Report of the Indian Hemp Drugs Commission, 1894-1895 - Volume VIII
Year: 1894
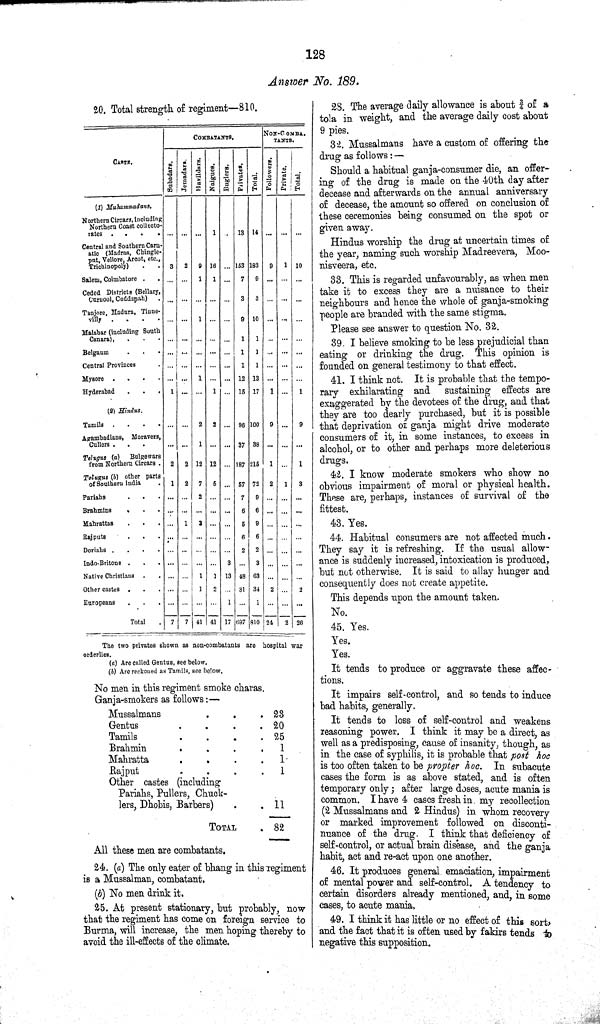
128
Answer No. 189.
20. Total strength of regiment—810.
COMBATANTS. NON-COMBA-
TANTS.
CASTE.
Subadars. Jemadars.
Havildars.
Naigues. Buglers. Privates. Total. Followers. Private. Total.
(1) Muhammadans.
Northern Circars, including
Northern Coast collccto-
rates
Northern Circars, including
Northern Coast collccto-
rates
1
13 14
Central and Southern Carn-
atic (Madras, Chingle-
put, Vellore, Arcot, etc.,
Trichinopoly)
Central and Southern Carn-
atic (Madras, Chingle-
put, Vellore, Arcot, etc.,
Trichinopoly)
Central and Southern Carn-
atic (Madras, Chingle-
put, Vellore, Arcot, etc.,
Trichinopoly)
3 2 9 16
153 183 9 1 10
Salem, Coimbatore
1 1
7 9
Ceded Districts (Bellary,
Carnool, Cuddapah)
3 3
Tanjore, Madura, Tinne
villy
Tanjore, Madura, Tinne
villy
1
9 10
Malabar (including South
Canara),
1 1
Belgaum
1 1
Central Provinces
1 1
Mysore
1
12 13
Hyderabad
1
1
15 17 1
1
(2) Hindus.
Tamils
2 2
96 100 9
9
Agambadians, Moravers,
Cullers
Agambadians, Moravers,
Cullers
1
37 38
Telugus (a) Bulgewars
from Northern Circars
2 2 12 12
187 215 1
1
Telugus (b) other parts
of Southern India
1 2 7 5
57 72 2 1 3
Pariahs
2
7 9
Brahmins
6 6
Mahrattas
1 3
5 9
Rajputs
6 6
Doriahs
2 2
Indo-Britons
3
3
Native
Christians
1 1 13 48 63
Other castes
1 2
31 34 2
2
Europeans
1
1
Total
7 7 41 41 17 697 810 24 2 26
The two privates shown as non-combatants are hospital war
orderlies.
(a) Are called Genius, see below.
(b) Are reckented as Tamils. see below.
No men in this regiment smoke charas.
Ganja-smokers as follows:—
Mussalmans
28
Gentus
20
Tamils
25
Brahmin
1
Mahratta
1
Rajput
1
Other castes (including
Pariahs, Pullers, Chuck-
lers, Dhobis, Barbers)
Other castes (including
Pariahs, Pullers, Chuck-
lers, Dhobis, Barbers)
Other castes (including
Pariahs, Pullers, Chuck-
lers, Dhobis, Barbers)
11
TOTAL
82
All these men are combatants.
24. (a) The only eater of bhang in this regiment
is a Mussalman, combatant.
(b) No men drink it.
25. At present stationary, but probably, now
that the regiment has come on foreign service to
Burma, will increase, the men hoping thereby to
avoid the ill-effects of the climate.
28. The average daily allowance is about 3/4 of a
tola in weight, and the average daily cost about
9 pies.
32. Mussalmans have a custom of offering the
drug as follows:—
Should a habitual ganja-consumer die, an offer¬
ing of the drug is made on the 40th day after
decease and afterwards on the annual anniversary
of decease, the amount so offered on conclusion of
these ceremonies being consumed on the spot or
given away.
Hindus worship the drug at uncertain times of
the year, naming such worship Madreevera, Moo-
nisvecra, etc.
33. This is regarded unfavourably, as when men
take it to excess they are a nuisance to their
neighbours and hence the whole of ganja-smoking
people are branded with the same stigma.
Please see answer to question No. 32.
39. I believe smoking to be less prejudicial than
eating or drinking the drug. This opinion is
founded on general testimony to that effect.
41. I think not. It is probable that the tempo¬
rary exhilarating and sustaining effects are
exaggerated by the devotees of the drug, and that
they are too dearly purchased, but it is possible
that deprivation of ganja might drive moderate
consumers of it, in some instances, to excess in
alcohol, or to other and perhaps more deleterious
drugs.
42. I know moderate smokers who show no
obvious impairment of moral or physical health.
These are, perhaps, instances of survival of the
fittest.
43. Yes.
44. Habitual consumers are not affected much.
They say it is refreshing. If the usual allow¬
ance is suddenly increased, intoxication is produced,
but not otherwise. It is said to allay hunger and
consequently does not create appetite.
This depends upon the amount taken.
No.
45. Yes.
Yes.
Yes.
It tends to produce or aggravate these affec¬
tions.
It impairs self-control, and so tends to induce
bad habits, generally.
It tends to loss of self-control and weakens
reasoning power. I think it may bo a direct, as
well as a predisposing, cause of insanity, though, as
in the case of syphilis, it is probable that post hoc
is too often taken to be propter hoc. In subacute
cases the form is as above stated, and is often
temporary only; after large doses, acute mania is
common. I have 4 cases fresh in my recollection
(2 Mussalmans and 2 Hindus) in whom recovery
or marked improvement followed on disconti¬
nuance of the drug. I think that deficiency of
self-control, or actual brain disease, and the ganja
habit, act and re-act upon one another.
46. It produces general emaciation, impairment
of mental power and self-control. A tendency to
certain disorders already mentioned, and, in some
cases, to acute mania.
49. I think it has little or no effect of this sort,
and the fact that it is often used by fakirs tends to
negative this supposition.